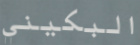
البكيني